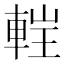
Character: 𨌂